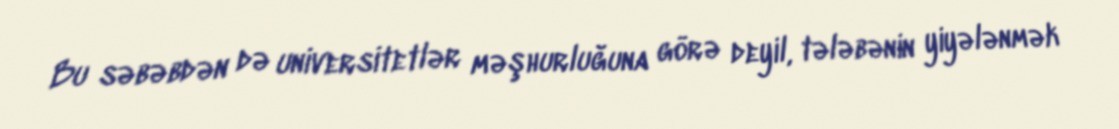
Bu səbəbdən də universitetlər məşhurluğuna görə deyil, tələbənin yiyələnmək